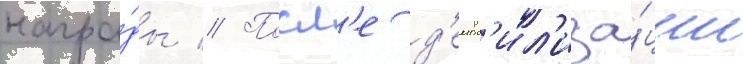
награ́ды // Посл'е д'емоб'ил'иза́ции